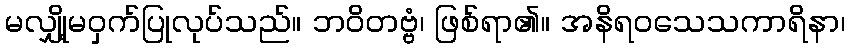
မလျှို့မဝှက်ပြုလုပ်သည်။ ဘဝိတဗ္ဗံ၊ ဖြစ်ရာ၏။ အနိရဝသေသကာရိနာ၊